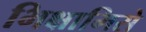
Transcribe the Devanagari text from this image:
भिक्षामिसे